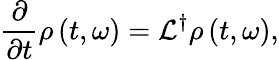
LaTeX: \frac{\partial}{\partial t}\rho\left(t,\omega\right)=\mathcal{L}^{\dagger}\rho\left(t,\omega\right),